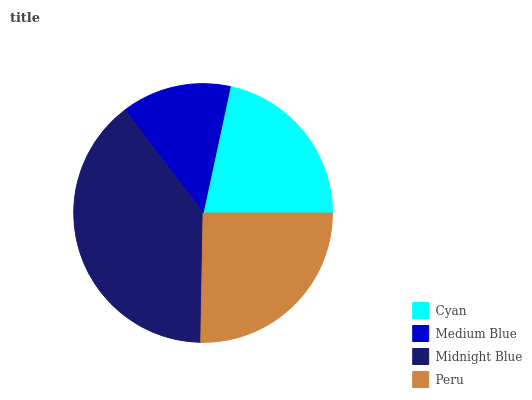
| Cyan | Medium Blue | Midnight Blue | Peru |
 | --- | --- | --- | --- |
 | 21.6% | 13.7% | 39.3% | 25.3% |